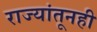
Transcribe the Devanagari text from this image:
राज्यांतूनही